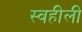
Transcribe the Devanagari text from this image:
स्वहीली